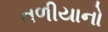
તળીયાનો